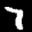
Label: 7